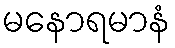
မနောရမာနံ